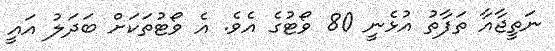
ނަތީޖާއާ ތަފާތު އުޅެނީ 80 ވޯޓުގެ އެވެ. އެ ވޯޓުތަކަށް ބަދަލު އައީ